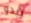
يبدو